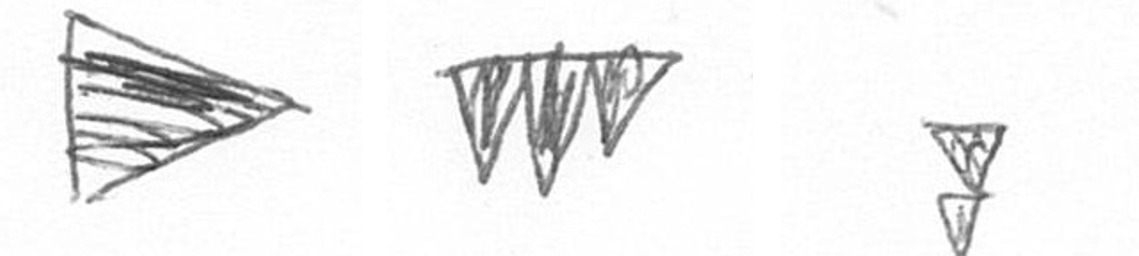
T L Z